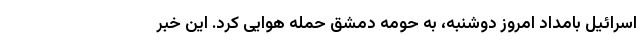
اسرائیل بامداد امروز دوشنبه، به حومه دمشق حمله هوایی کرد. این خبر